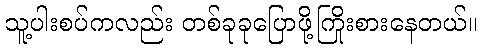
သူ့ပါးစပ်ကလည်း တစ်ခုခုပြောဖို့ကြိုးစားနေတယ်။